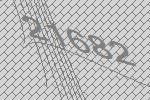
21682